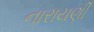
નારાયણી